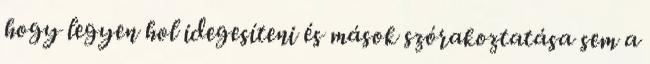
hogy legyen hol idegesíteni és mások szórakoztatása sem a